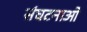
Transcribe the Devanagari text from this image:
संघटनाओ